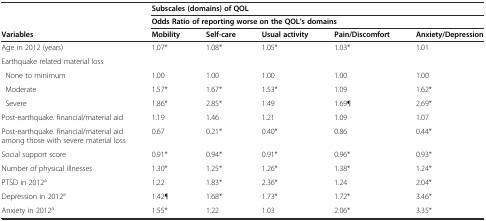
|  | <COLSPAN=5> Subscales (domains) of QOL |
 |  | <COLSPAN=5> Odds Ratio of reporting worse on the QOL’s domains |
 | Variables | Mobility | Self-care | Usual activity | Pain/Discomfort | Anxiety/Depression |
 | --- | --- | --- | --- | --- | --- |
 | Age in 2012 (years) | 1.07* | 1.08* | 1.05* | 1.03* | 1.01 |
 | Earthquake related material loss |  |  |  |  |  |
 | None to minimum | 1.00 | 1.00 | 1.00 | 1.00 | 1.00 |
 | Moderate | 1.57* | 1.67* | 1.53* | 1.09 | 1.62* |
 | Severe | 1.86* | 2.85* | 1.49 | 1.69¶ | 2.69* |
 | Post-earthquake. financial/material aid | 1.19 | 1.46 | 1.21 | 1.09 | 1.07 |
 | Post-earthquake. financial/material aid among those with severe material loss | 0.67 | 0.21* | 0.40* | 0.86 | 0.44* |
 | Social support score | 0.91* | 0.94* | 0.91* | 0.96* | 0.93* |
 | Number of physical illnesses | 1.30* | 1.25* | 1.26* | 1.38* | 1.24* |
 | PTSD in 2012a | 1.22 | 1.83* | 2.36* | 1.24 | 2.04* |
 | Depression in 2012a | 1.42¶ | 1.68* | 1.73* | 1.72* | 3.46* |
 | Anxiety in 2012a | 1.55* | 1.22 | 1.03 | 2.06* | 3.35* |